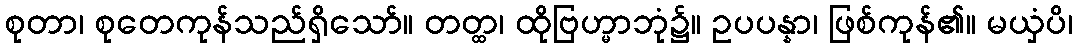
စုတာ၊ စုတေကုန်သည်ရှိသော်။ တတ္ထ၊ ထိုဗြဟ္မာဘုံ၌။ ဥပပန္နာ၊ ဖြစ်ကုန်၏။ မယှံပိ၊